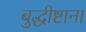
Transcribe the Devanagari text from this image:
बुद्धीष्टाना